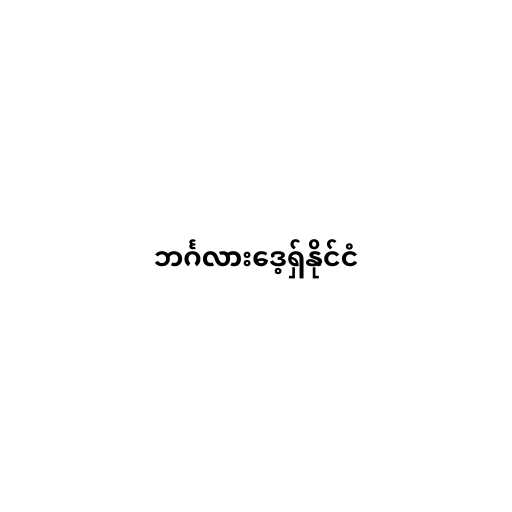
ဘင်္ဂလားဒေ့ရှ်နိုင်ငံ